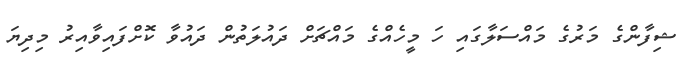
ޝިފާންގެ މަރުގެ މައްސަލާގައި ހަ މީހެއްގެ މައްޗަށް ދައުލަތުން ދައުވާ ކޮށްފައިވާއިރު މިދިޔަ